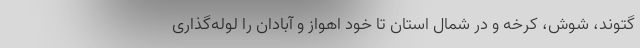
گتوند، شوش، کرخه و در شمال استان تا خود اهواز و آبادان را لوله‌گذاری